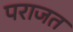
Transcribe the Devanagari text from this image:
पराजत